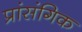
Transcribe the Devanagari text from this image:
प्रांसंगिक